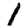
Digit: 1